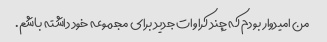
من امیدوار بودم که چند کراوات جدید برای مجموعه خود داشته باشم.